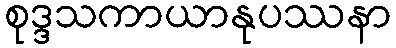
စုဒ္ဒသကာယာနုပဿနာ